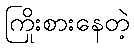
ကြိုးစားနေတဲ့